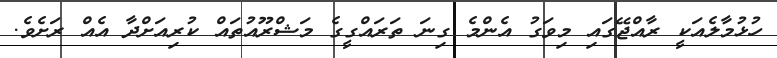
ހުޅުމާލެއަކީ ރާއްޖޭގައި މިވަގު އެންމެ ގިނަ ތަރައްގީގެ މަޝްރޫއުތައް ކުރިއަށްދާ އެއް ރަށެވެ.